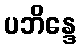
ပဘိန္ဒေ